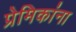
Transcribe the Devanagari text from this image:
प्रेमिकांना